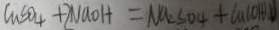
C u S O _ { 4 } + 2 N a O H = N a _ { 2 } S O _ { 4 } + C a ( O H ) D